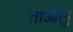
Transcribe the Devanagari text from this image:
ताओलु